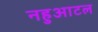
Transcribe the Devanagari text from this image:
नहुआटल